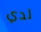
لدي